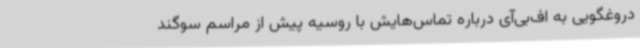
دروغگویی به اف‌بی‌آی درباره تماس‌هایش با روسیه پیش از مراسم سوگند